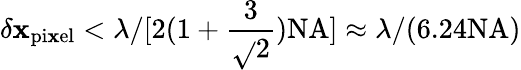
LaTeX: \delta\mathbf{x}_{\mathrm{{pi\mathbf{x}el}}}<\lambda/[2(1+\frac{{3}}{{\sqrt{}{{2}}}})\mathrm{{NA}}]\approx\lambda/(6.24\mathrm{{NA}})